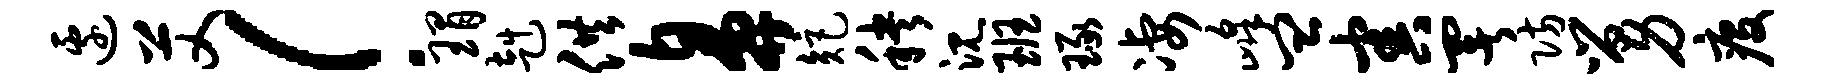
边艾！瑁赳供鼻矩秧沉班琢凄峰皿害署防舅疫